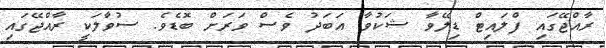
ރާއްޖޭގައި ފްލައިޓް ޑިލޭވާ ޝަކުވާ އަބަދު ވެސް ވަރަށް ބޮޑެވެ. ސުވާލަކީ ރާއްޖޭގައި